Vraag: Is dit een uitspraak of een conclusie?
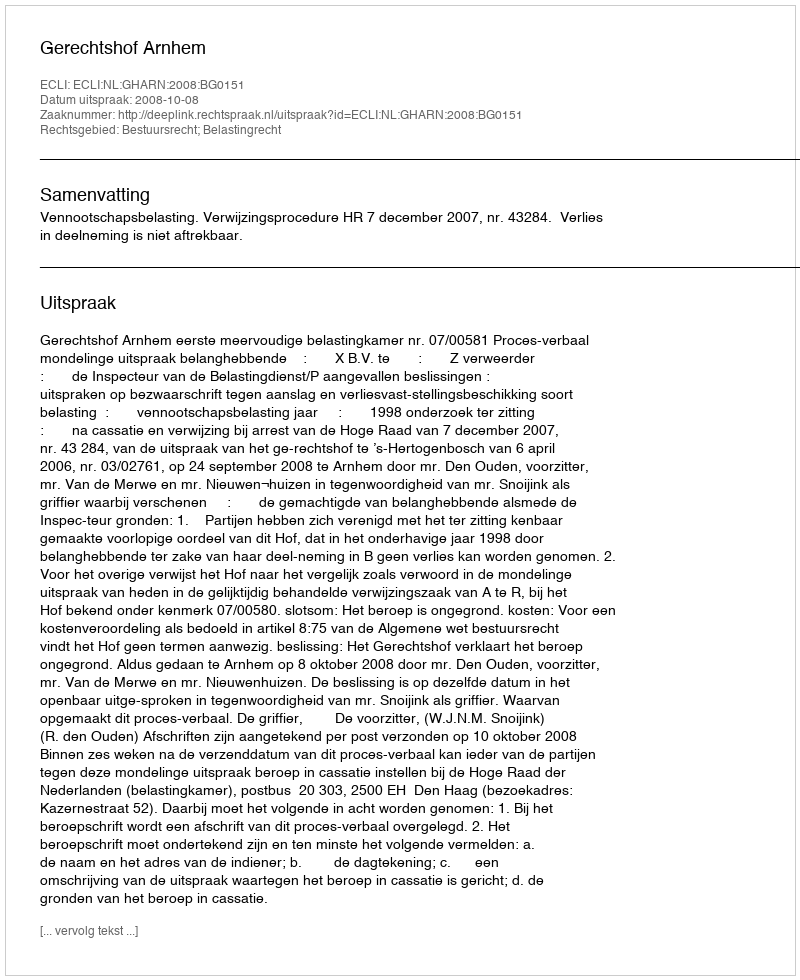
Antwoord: Uitspraak